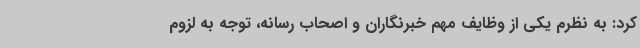
کرد: به نظرم یکی از وظایف مهم خبرنگاران و اصحاب رسانه، توجه به لزوم